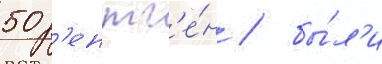
50 р'ентг'е́н / бы́л'и